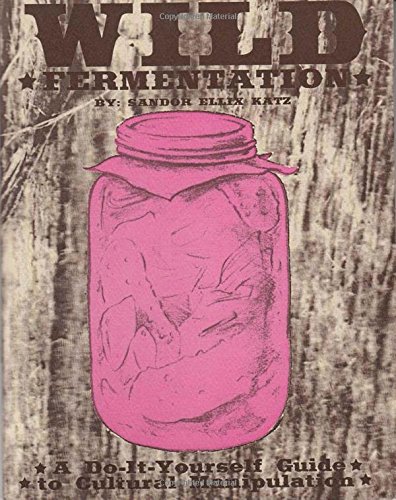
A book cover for Wild Fermentation: A Do-It-Yourself Guide to Cultural Manipulation (DIY); Sandor Katz; Cookbooks, Food & Wine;